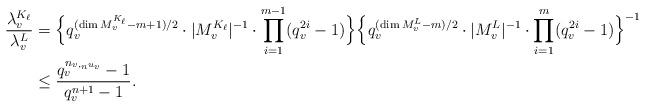
LaTeX: \begin{align*} \frac{\lambda_v^{K_{\ell}}}{\lambda_v^L}&=\Bigl\{q_v^{(\dim M_v^{K_{\ell}}-m+1)/2}\cdot|M_v^{K_{\ell}}|^{-1}\cdot\prod_{i=1}^{m-1}(q_v^{2i}-1)\Bigr\}\Bigl\{q_v^{(\dim M_v^L-m)/2}\cdot|M_v^L|^{-1}\cdot\prod_{i=1}^{m}(q_v^{2i}-1)\Bigr\}^{-1}\\ &\leq \frac{q_v^{n_{v,_nu_v}}-1}{q_v^{n+1}-1}.\end{align*}